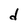
Character: d